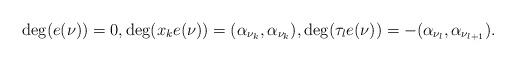
LaTeX: \begin{align*}\deg(e(\nu))=0, \deg(x_k e(\nu))= ( \alpha_{\nu_k} ,\alpha_{\nu_k}), \deg(\tau_l e(\nu))= -(\alpha_{\nu_{l}} , \alpha_{\nu_{l+1}}).\end{align*}